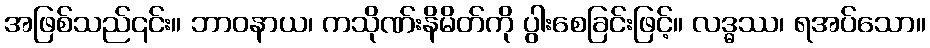
အဖြစ်သည်၎င်း။ ဘာဝနာယ၊ ကသိုဏ်းနိမိတ်ကို ပွါးစေခြင်းဖြင့်။ လဒ္ဓဿ၊ ရအပ်သော။